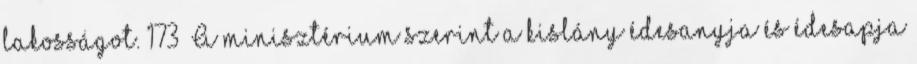
lakosságot. 173 A minisztérium szerint a kislány édesanyja és édesapja